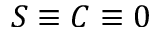
S \equiv C \equiv 0